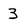
Character: 3